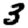
Digit: 3